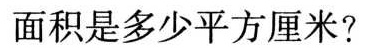
面积是多少平方厘米?